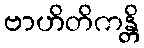
ဗာဟိတိကန္တိ